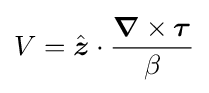
V={\hat {\boldsymbol {z}}}\cdot {\frac {{\boldsymbol {\nabla }}\times {\boldsymbol {\tau }}}{\beta }}